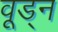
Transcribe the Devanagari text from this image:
वूड्न